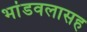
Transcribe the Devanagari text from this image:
भांडवलासह